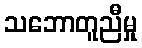
သဘောတူညီမှု